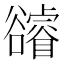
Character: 𧯕